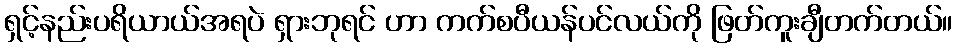
ရှင့်နည်းပရိယာယ်အရပဲ ရှားဘုရင် ဟာ ကက်စပီယန်ပင်လယ်ကို ဖြတ်ကူးချီတက်တယ်။